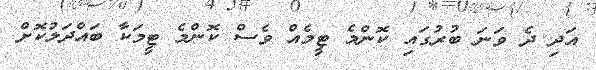
އަދި ދެ ވަނަ ބުރުގައި ކޮންމެ ޓީމެއް ވެސް ކޮންމެ ޓީމަކާ ބައްދަލުކޮށް